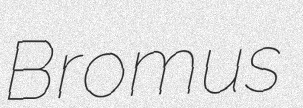
Bromus